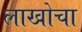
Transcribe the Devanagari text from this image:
लाखोचा